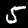
Label: 5